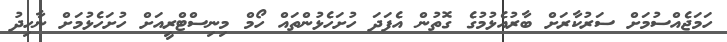
ހަމަޖެއްސުމަށް ސަރުކާރަށް ބާރުއެޅުމުގެ ގޮތުން އެފަދަ ހުށަހެޅުންތައް ހޯމް މިނިސްޓްރީއަށް ހުށަހެޅުމަށް ނާހިދު